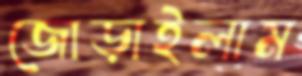
জোড়াইলাম